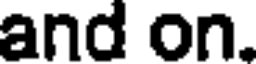
and on.